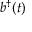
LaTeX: b ^ { \dagger } ( t )